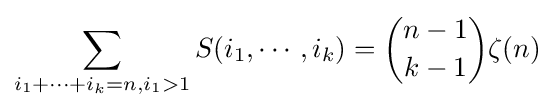
\sum _{i_{1}+\cdots +i_{k}=n,i_{1}>1}S(i_{1},\cdots ,i_{k})={n-1 \choose k-1}\zeta (n)